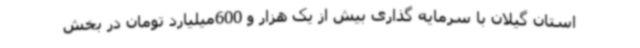
استان گیلان با سرمایه گذاری بیش از یک هزار و 600میلیارد تومان در بخش